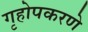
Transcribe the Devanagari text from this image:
गृहोपकरणे